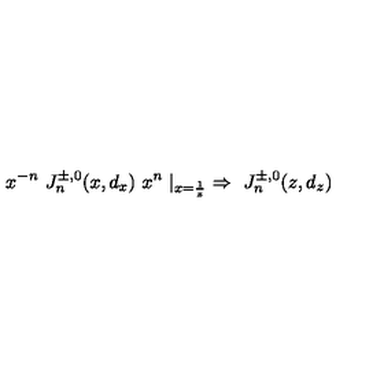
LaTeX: x ^ { - n } \ J _ { n } ^ { \pm , 0 } ( x , d _ { x } ) \ x ^ { n } \mid _ { x = { \frac { 1 } { z } } } \ \Rightarrow \ J _ { n } ^ { \pm , 0 } ( z , d _ { z } )